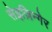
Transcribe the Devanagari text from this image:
सेइज़िन्गेर